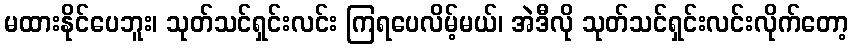
မထားနိုင်ပေဘူး၊ သုတ်သင်ရှင်းလင်း ကြရပေလိမ့်မယ်၊ အဲဒီလို သုတ်သင်ရှင်းလင်းလိုက်တော့